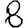
Digit: 8